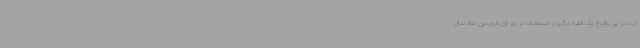
کرد: در پی وقوع یک فقره درگیری مسلحانه در روز اول فروردین ماه سال